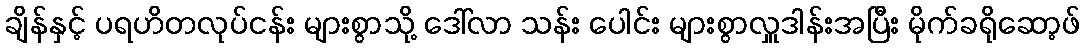
ချိန်နှင့် ပရဟိတလုပ်ငန်း များစွာသို့ ဒေါ်လာ သန်း ပေါင်း များစွာလှူဒါန်းအပြီး မိုက်ခရိုဆော့ဖ်